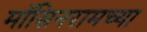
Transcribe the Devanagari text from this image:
मॉसिनरामच्या